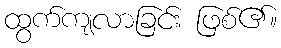
ထွက်ကျလာခြင်း ဖြစ်၏။